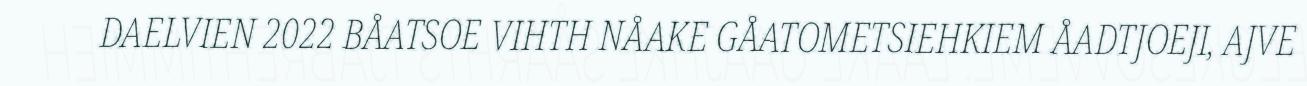
DAELVIEN 2022 BÅATSOE VIHTH NÅAKE GÅATOMETSIEHKIEM ÅADTJOEJI, AJVE